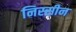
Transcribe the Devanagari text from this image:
निस्सीन